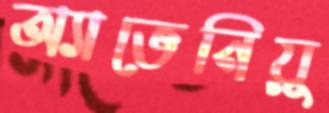
অ্যাভেনিয়ু